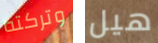
وتركته هيل